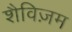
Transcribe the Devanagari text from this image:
शैविज़म